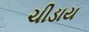
ચીડાય